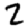
Digit: 2